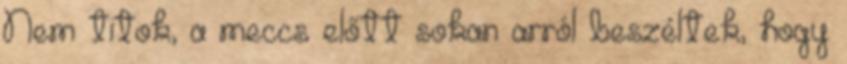
Nem titok, a meccs előtt sokan arról beszéltek, hogy